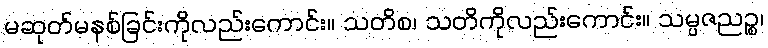
မဆုတ်မနစ်ခြင်းကိုလည်းကောင်း။ သတိစ၊ သတိကိုလည်းကောင်း။ သမ္ပဇညဉ္စ၊